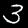
Digit: 3